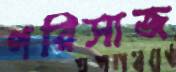
পরিসাজ